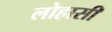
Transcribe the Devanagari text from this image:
लोहासी